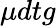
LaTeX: \mu dtg